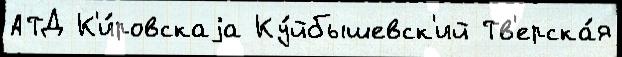
АТД К'и́ровскаjа Ку́йбышевск'ий Тв'ерска́я